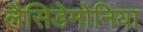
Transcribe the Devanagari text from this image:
लैसिडेमोनिया